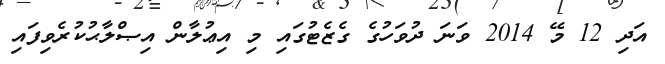
އަދި 12 މޭ 2014 ވަނަ ދުވަހުގެ ގެޒެޓުގައި މި އިޢުލާން އިޞްލާޙުކުރެވިފައި